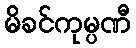
မိခင်ကုမ္ပဏီ